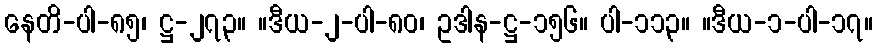
နေတိ-ပါ-၈၅၊ ဋ္ဌ-၂၇၃။ ။ဒီယ-၂-ပါ-၈၀၊ ဥဒါန-ဋ္ဌ-၁၅၆။ ပါ-၁၁၃။ ။ဒီယ-၁-ပါ-၁၇။